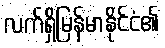
လက်ရှိမြန်မာနိုင်ငံ၏